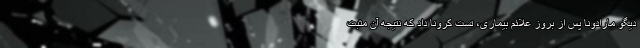
دیگو مارادونا پس از بروز علائم بیماری، تست کرونا داد که نتیجه آن مثبت